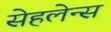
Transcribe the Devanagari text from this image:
सेहलेन्स